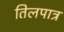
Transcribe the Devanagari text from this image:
तिलपात्र